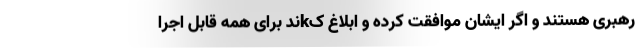
رهبری هستند و اگر ایشان موافقت کرده و ابلاغ کkند برای همه قابل اجرا